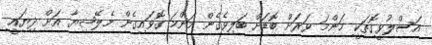
އަސްލުވީގޮތަކީ މަންމަ ވަރަށް ބޮޑަށް ބަލިވެގެން މަންމަ ގޮވައިގެން މެލޭޝިޔާ އަށް ދިޔައީ